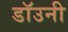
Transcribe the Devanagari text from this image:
डाॅउनी